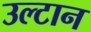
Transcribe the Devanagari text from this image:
उल्टान